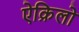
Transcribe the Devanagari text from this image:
ऐक्रिलो